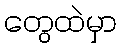
တွေထဲမှာ